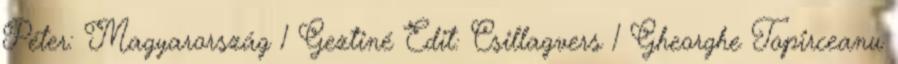
Péter: Magyarország 1 Geztiné Edit: Csillagvers 1 Gheorghe Topîrceanu